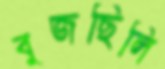
বুজছিলি